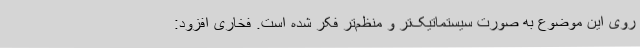
روی این موضوع به صورت سیستماتیک‌تر و منظم‌تر فکر شده است. فخاری افزود: